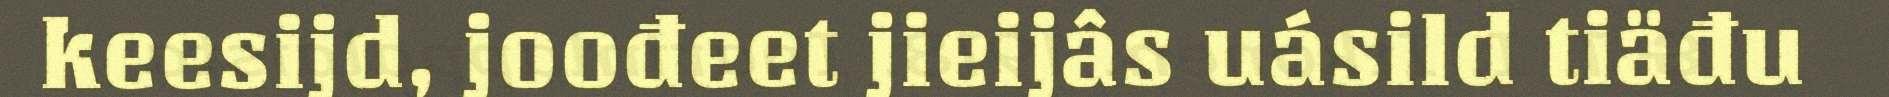
keesijd, joođeet jieijâs uásild tiäđu